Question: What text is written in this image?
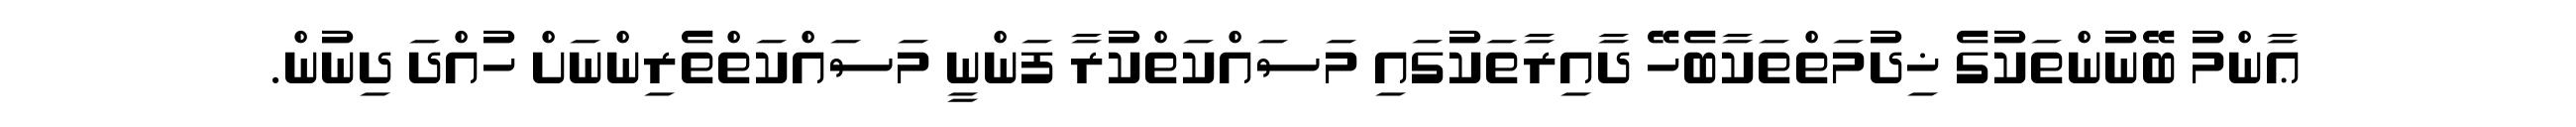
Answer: ޢާންމު ބޭނުންތަކުގެ ޚިދުމަތްތަކާބެހޭ ދާއިރާތަކުގައި މަސައްކަތްކުރާ ފަންނީ މަސައްކަތްތެރިންނަށް ހުއްދަ ދިނުން.